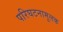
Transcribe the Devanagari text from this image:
परिघटनामूलक